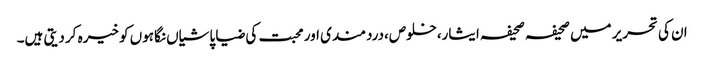
ان کی تحریر میں صحیفہ صحیفہ ایثار،خلوص،دردمندی اور محبت کی ضیا پاشیاں نگاہوں کو خیرہ کر دیتی ہیں۔